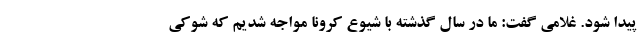
پیدا شود. غلامی گفت: ما در سال گذشته با شیوع کرونا مواجه شدیم که شوکی